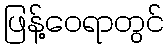
ဖြန့်ဝေရာတွင်